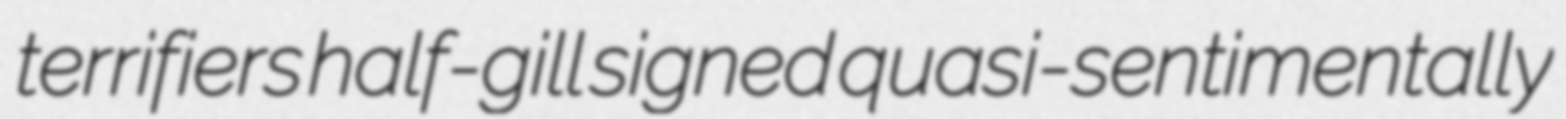
terrifiers half-gill signed quasi-sentimentally